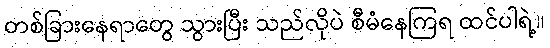
တစ်ခြားနေရာတွေ သွားပြီး သည်လိုပဲ စီမံနေကြရ ထင်ပါရဲ့။